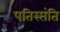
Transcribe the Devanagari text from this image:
पतिस्संति